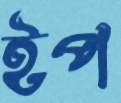
ইপ